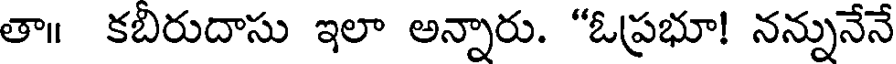
తా॥ కబిరుదాసు ఇలా అన్నారు. "ఓప్రభూ! నన్నునేనే